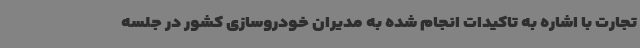
تجارت با اشاره به تاکیدات انجام شده به مدیران خودروسازی کشور در جلسه